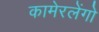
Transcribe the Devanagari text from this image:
कामेरलेंगो